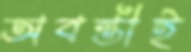
অবন্তীই